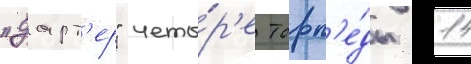
"дарт'ер" четы́р'е торп'е́ды 14